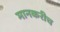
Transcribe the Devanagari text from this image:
मानकरीच